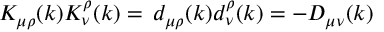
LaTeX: K _ { \mu \rho } ( k ) K _ { \nu } ^ { \rho } ( k ) = \, d _ { \mu \rho } ( k ) d _ { \nu } ^ { \rho } ( k ) = - D _ { \mu \nu } ( k )